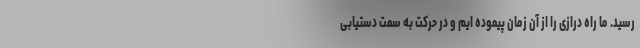
رسید. ما راه درازی را از آن زمان پیموده ایم و در حرکت به سمت دستیابی